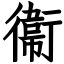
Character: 衞